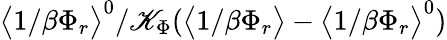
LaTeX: \big<1/\beta\Phi_{r}\big>^{0}/\mathscr{K}_{\Phi}(\big<1/\beta\Phi_{r}\big>-\big<1/\beta\Phi_{r}\big>^{0})